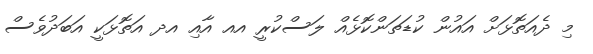
މި ދެއަތޮޅަށް އައުން ކުޑަތަންކޮޅެއް ލަސްކުރީ އއ އާއި އދ އަތޮޅަކީ އަބަދުވެސް